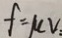
f = \mu v